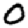
Digit: 0